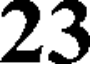
23